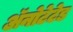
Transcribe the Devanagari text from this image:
ॲनोटेटेड